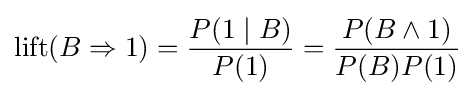
\operatorname {lift} (B\Rightarrow 1)={\frac {P(1\mid B)}{P(1)}}={\frac {P(B\land 1)}{P(B)P(1)}}